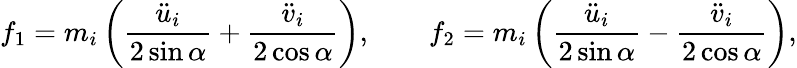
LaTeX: f_{1}=m_{i}\left(\frac{\ddot{u}_{i}}{2\sin{\alpha}}+\frac{\ddot{v}_{i}}{2\cos{\alpha}}\right),\qquad f_{2}=m_{i}\left(\frac{\ddot{u}_{i}}{2\sin{\alpha}}-\frac{\ddot{v}_{i}}{2\cos{\alpha}}\right),